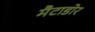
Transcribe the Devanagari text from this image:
मैटाडोर